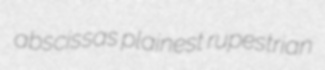
abscissas plainest rupestrian